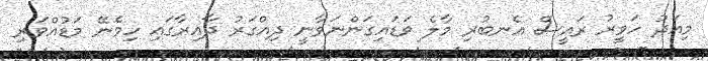
މިއަދު ހަވީރު ރައީސް އެނބުރި މާލެ ވަޑައިގަންނަވާނީ ދިއްގަރު ދާއިރާގައި ހިމެނޭ މަޑުއްވަރި